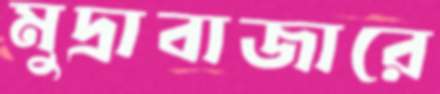
মুদ্রাবাজারে